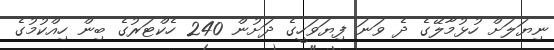
ނިޔަލަށް ހުޅުމާލޭގެ ދެ ވަނަ ފިޔަވަހީގެ ދަށުން 240 ހެކްޓަރުގެ ބިން ހިއްކުމުގެ